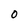
Character: O